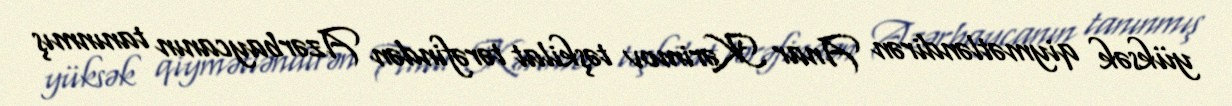
yüksək qiymətləndirən Anar Kərimov təşkilat tərəfindən Azərbaycanın tanınmış